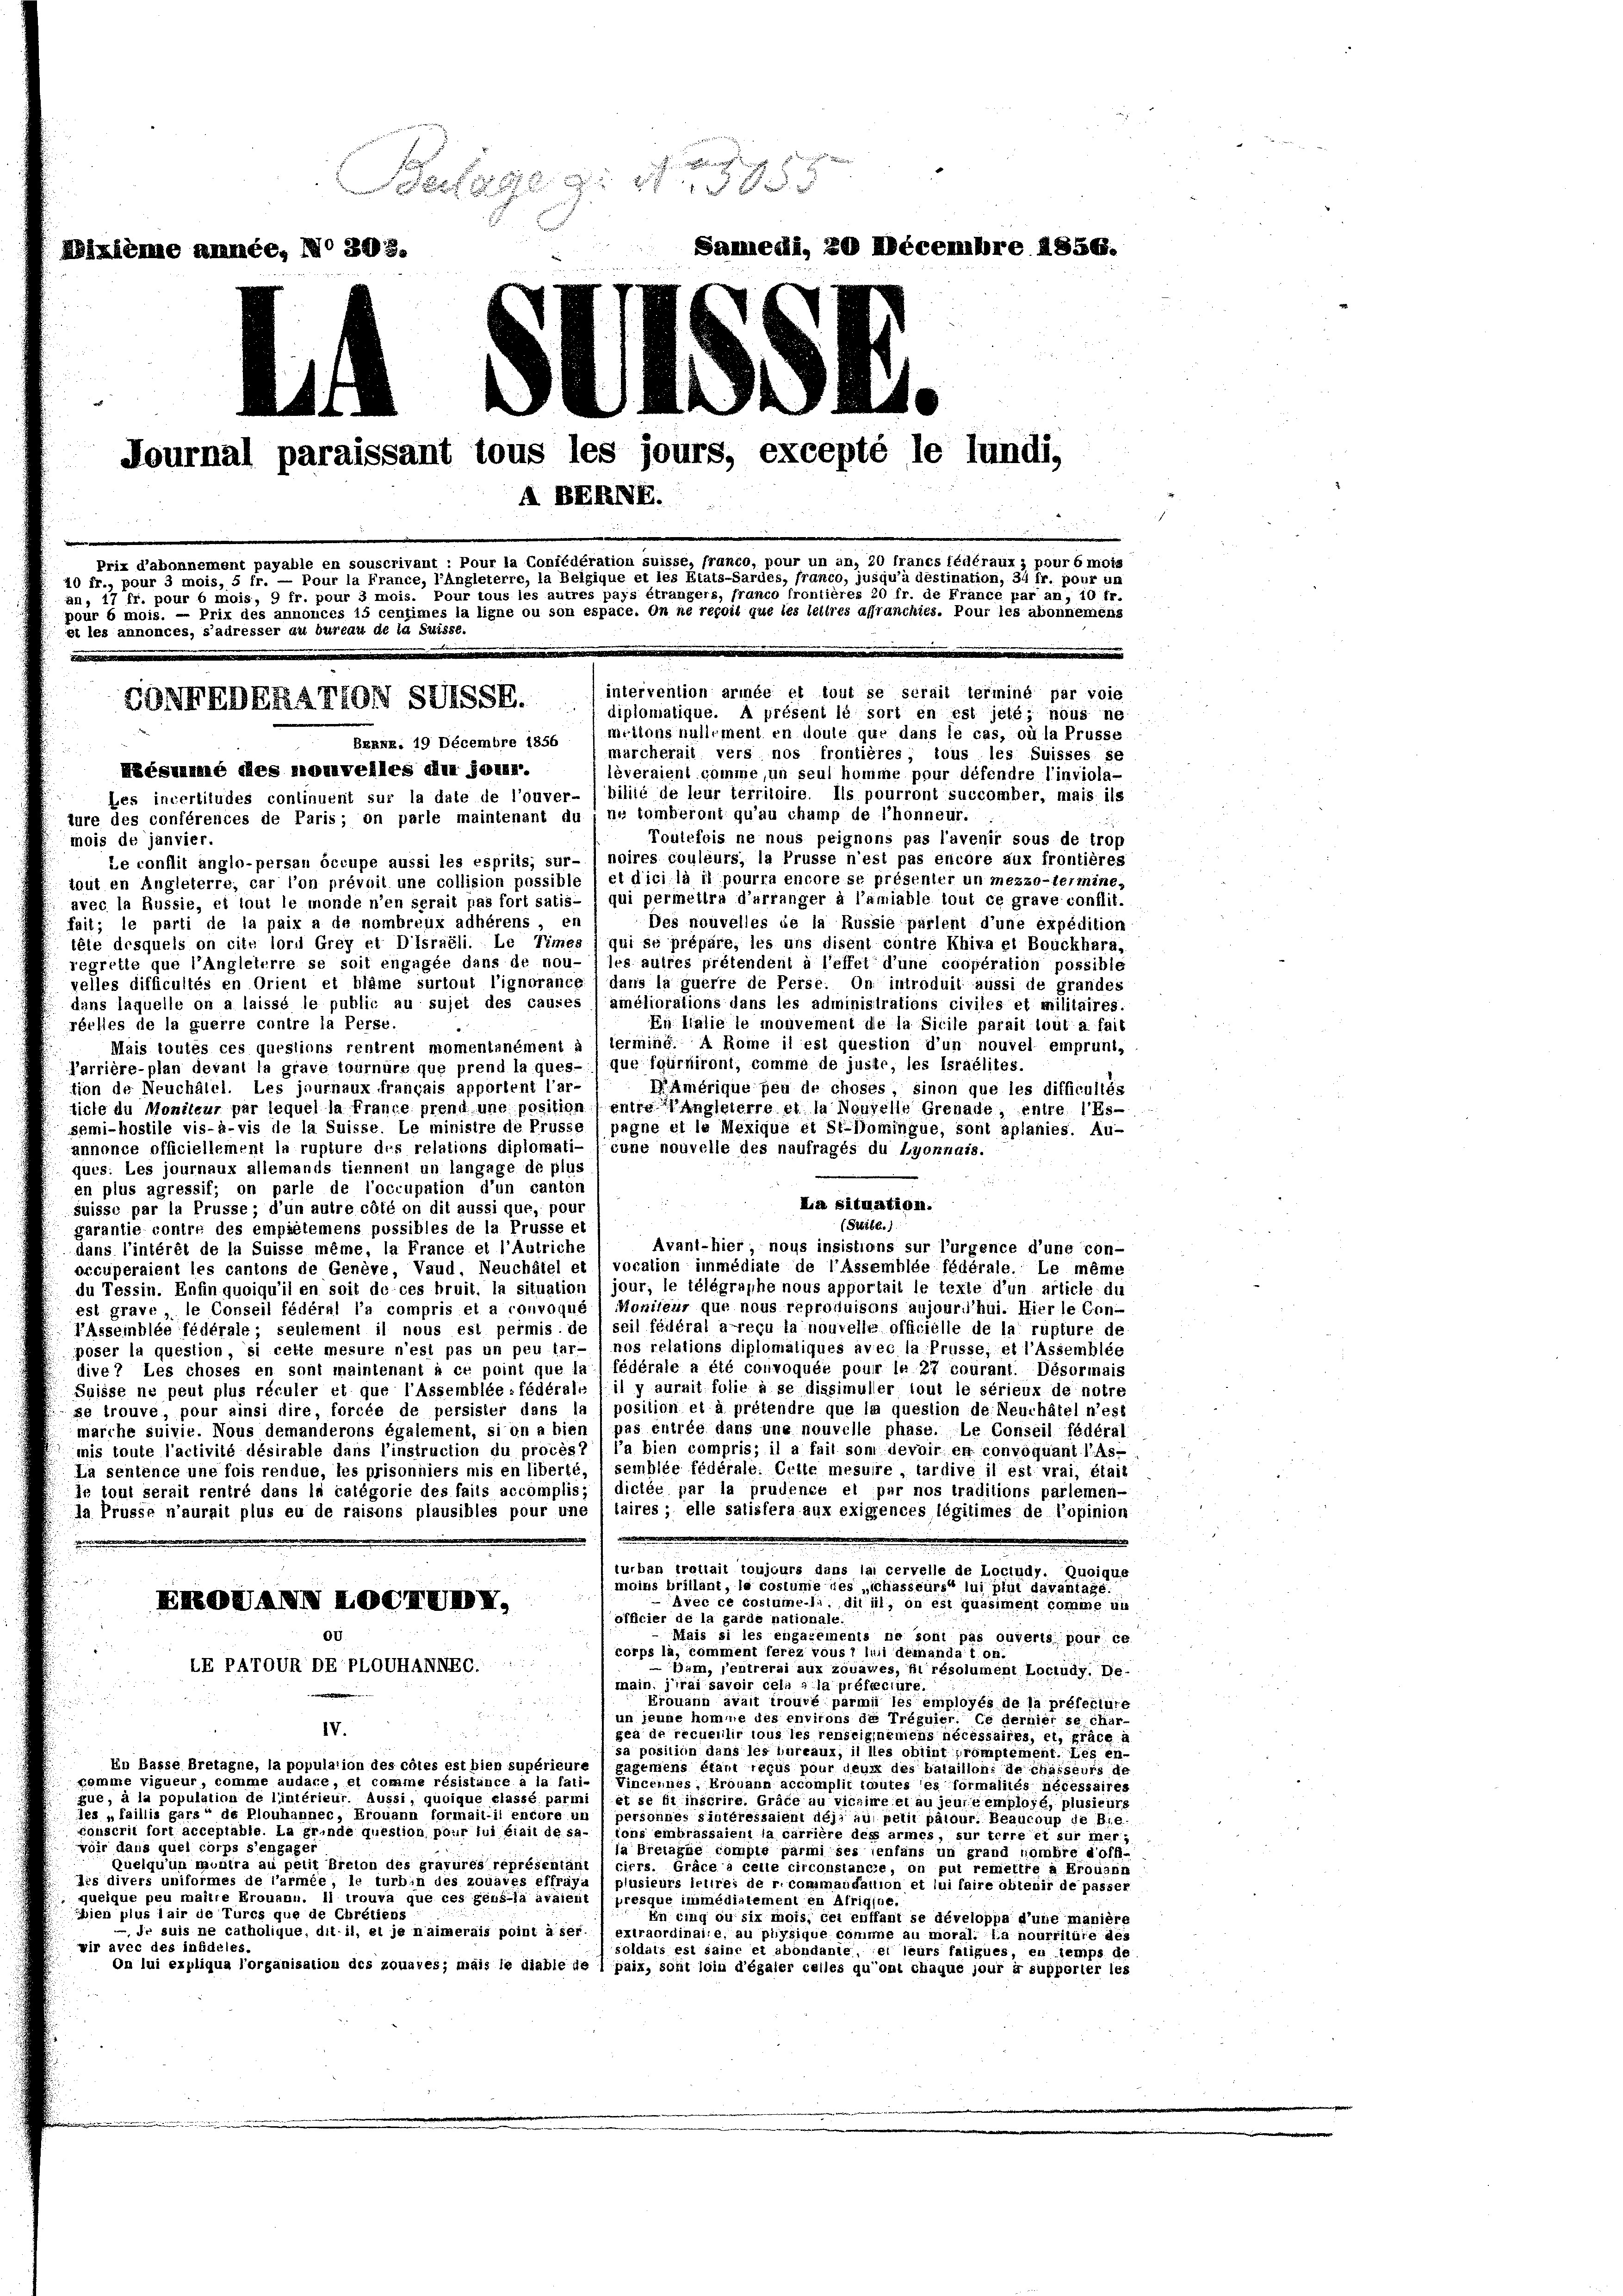
Beilage er der 1855
Dixième année, No 305.
0
 4 x
Journal paraissant tous les jours, excepté le lundi,
A BERNE.
Prix d’abonnement payable en souscrivant : Pour la Confédération suisse, franco, pour un an, 20 francs fédéraux, pour 6 mois
20 fr., pour 3 mois, 5 fr. — Pour la France, l’Angleterre, la Belgique et les Etats-Sardes, franco, jusqu’à destination, 34 fr. pour um
an, 17 fr. pour 6 mois, 9 fr. pour 3 mois. Pour tous les autres pays étrangers, franco frontières 20 fr. de France par an, 10 fr.
pour 6 mois. — Prix des annonces 15 centimes la ligne ou son espace. On ne reçoit que les leitres affranchies. Pour les abonnemens
et les annonces, s’adresser au bureau de la Suisse.
intervention armée et tout se serait terminé par voie
CONIEDERANTON SUSSE.
diplomatique. A présent le sort en est jeté; nous ne-
mellens nulliment en doule que dans le cas, où la Prusse
Bxxxx. 19 Décembre 1856
marcherail vers nos frontières, tous les Suisses se
Nésumé des nouvelles elen solan.
lèveraient comme, un seul homme pour défendre l’inviola-
Les incertitudes continuent sur la date de l’ouver- (bilité de leur territoire. Ils pourront succomber, mais ils
ture des conférences de Paris; on parle maintenant du ; ne tomberont qu’au champ de l’honneur.
Toutefois ne nous peignons pas l’avenir sous de trop
mois de janvier.
Le conflit anglo-persan occupe aussi les esprits, sur- 1 noires couleurs, la Prusse n’est pas encore aux frontières
tout en Angleterre, car l’on prévoil une collision possible / et dicila il pourra encore se présenter un mezzo-termine,
avec la Russie, ei tout le monde n’en serait pas fort satis- 1 qui permettra d’arranger à l’amiable tout ce grave conflit.

Samnedi, 20 Décembre 1856.

Des nouvelles de la Russie parient d’une expédition
fait; le parti de la paix a de nombreux adhèrens, en
téie desquels on cito lors Grey et Disraeli. Le Times ) qui se prépäre, les uns disent contre Khiva el Bouckhard,
regrelle que l’Angleterre se soit engagée dans de nou- / les autres prétendent à l’effet d’une coopération possible
velles difficultés en Orient et bläme surtout l’ignorance) dans la guerre de Perse. On introduit aussi de grandes
dans laquelle on a laissé le public au sujet des causes 1 améliorations dans les administrations civiles et militaires.
En lialie le mouvement de la Sicile parait tout a fait
réches de la guerre contre la Perse.
Mais toutes ces questions rentrent momentanément à l terminé. A Rome il est question d’un nouvel emprunt,
Parrière-plan devant la grave tournire que prend la ques- 1 que fgurniront, comme de juste, les Israelites.
MAmérique peu de choses, sinon que les difficultés
tion de Neuchâlel. Les journaux français apportent l’ar-
ticte du Moniteur par lequel la france prend une position (entre angleierre et la Nouvelle Grenade, entre l’Essomi-hostile vis-à-vis de la Suisse. Le ministre de Prusse (pagne et le Mexiqué et St-Domingue, sont aplanies. Au-
annonce officiellement la rupture des relations diplomati- (cune nouvelle des naufrages du Lyonnais.
ques: Les journaux allemands tiennent un langage de plus
en plus agressif; on parle de l’occupation d’un canton
La situation.
suisse par la Prusse; d’un autre côté on dit aussi que, pour
(Sttite.)
garantie contre des empielemens possibles de la Prüsse et
Avant-hier, nous insistions sur l’urgence d’une con-
dans l’intérêt de la Suisse même, la France et l’Autriche
occuperaient les cantons de Genève, Vaud, Neuchâtel et / vocation immédiate de l’Assemblée fédérale. Le même
du Tessin. Enfin quoiqu’il en soit de ces bruit, la situation ( jour, le telegraphe nous apportait le texte d’un article du
est grave, le Conseil fédéral l’a compris et a convoque, Moniteur que nous reproduisons aujourihui. Hier le Con-
l’Assemblée fédérale; seulement il nous est permis, de seil fédéral a reçu la nouvelle officielle de la rupture de
poser la question, si cette mesure n’est pas un peu lar- ) nos relations diplomatiques avec la Prüsse, et l’Assemblée
dive 7 Les choses en sont maintenant à ce point que la) fédérale a été convoquée pour le 27 courant. Désormais
Suisse ne peut plus réculer et que l’Assemblée fédérale il y aurait folie à se dissimuller tout le sérieux de notre
se trouve, pour ainsi dire, forcée de persister dans la ) position et à prétendre que la question de Neuchâtel n’est
marche suivie. Nous demanderons également, si on a bien 1 pas entrée dans une nouvelle phase. Le Conseil fédéral
mis toute l’activité désirable dans l’instruction du procès7) l’a bien compris; il a fail son devoir en convoquant l’As-
La sentence une fois rendue, les prisonniers mis en liberté, 1 semblée fédérale. Crite mesure, tardive il est vrai, était
In tout serait rentré dans la catégorie des fails accomplis; ( dictée par la prudence el par nos traditions parlemen-
da Prosse n’aurait plus eu de raisons plausibles pour une (taires; elle satisfera aux exigences légitimes de l’opinion
turban trettait toujours dans lai cervelle de Lociudy. Quoique
moins britlant, le costume des „ichasseurs lui plut davantage

avec ce costume, die iil, in est quasiment comme als
KKOUANN KOCHUBX,
officier de la garde nationale.
Ot
Mais si les engagements ne sont pas ouverts pour ce
corps là, comment ferez vous 7 lui demandat on.
LEPATOUR DEPLOUHANNEG.
Bim, l’entrerai aux zouawes, ni résolument Locludy. De
imain, jrai savoir cela la préffecture.
 Fr
Erouann avait trouvé parmi les employés de la préfeclure
un jeune homme des environs de Tréguier. Ce dernier se char¬
IV.
gea de recueilir tous les renseignemens nécessaires, et, Präce à
sa posilien dans les bureaux; il les oblint promptement. Dies en-
En Basse Bretagne, la population des coles est bien supérieure l gagemens étant reçus pour deux des bataillon, de chasseurs de
komme vigueur, comme audare, et comme résistance a la fati- l Vincennes, Krouann accomplit toutes es formalités nécessaires
que, à la population de l’intérieur. Aussi, quoique siassé parmi / et se fi inscrire. Gräce au vicaire et au jeure employé, plusieurs
les „faillis gars“ de Plouhannec, Erouann formaitil encore un
personnes sintéressaient deji auf pelii pälour. Beaucoup de Be-
faustrie fort acceptable la grinde question pour lui dieil dessions embrassalent la carriere des armes, sur terre et sur mer-
voir dans quel corps s’engager
ja Bretagne comple parmi ses enfans un grand nombre d’off-
Quelqu’un montra au petit Breion des gravures représentant / ciers. Gräce à cette circonstance, on put remettre à prouann
dis divers uniformes de l’armée, le turhin des zouares effrara i plusieurs lehre, der commandation et lui faire obtenir de passer
queique peu maître Frouann. Il trouva que ces gens-là avaient presque immédiatementen Afrigine.
eien plus lair de Turcs que de Chrétiens
En cinq ou six mois, bei enffant se développa d’une manière
, dr suis ne catholique, ditil, el je naimerais point à ser" extraordinaire, au physique comme au moral. La nourriture des
wir avec des infideles.
soldats est saint et abondanie, et leurs faiigues, en temps de
on lui expliqua l’organisation des zouaves; mais le diable de 1 paix, sont loin d’égaler celles qu’ont chaque jour er supporter les